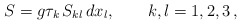
\begin{align*}S = g\tau_k\, S_{kl} \, dx_l, \qquad k, l = 1,2,3\,,\end{align*}